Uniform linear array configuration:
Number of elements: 16
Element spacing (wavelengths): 0.75
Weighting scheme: exponential
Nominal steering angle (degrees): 15
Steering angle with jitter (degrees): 15.405
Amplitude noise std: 0.05
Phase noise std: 0.05

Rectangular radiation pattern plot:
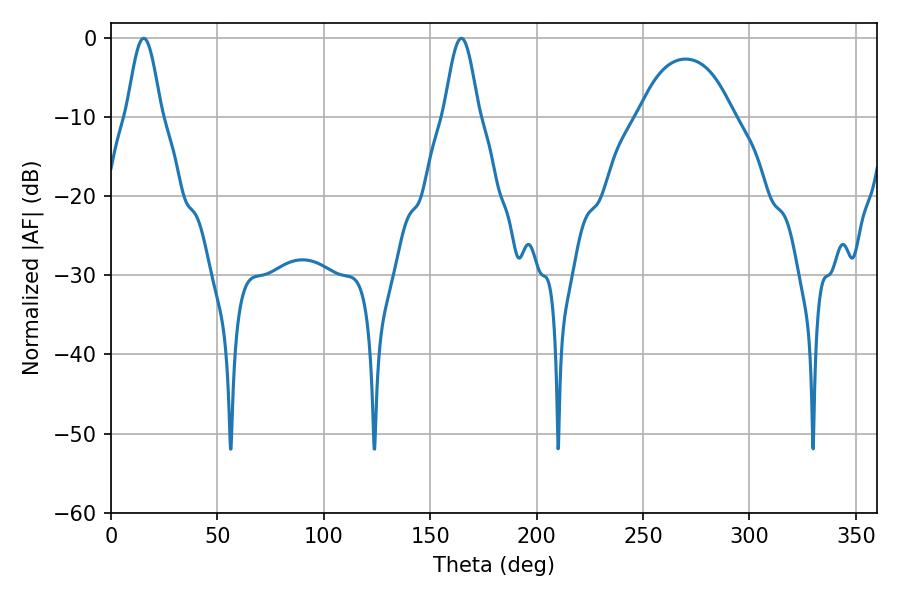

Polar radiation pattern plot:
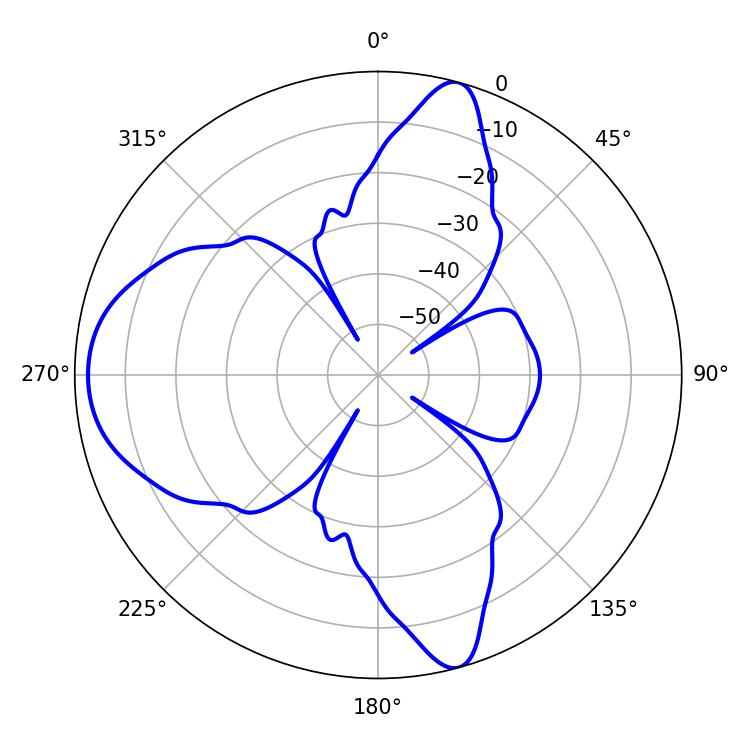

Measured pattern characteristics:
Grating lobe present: TRUE
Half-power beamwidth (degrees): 8.46
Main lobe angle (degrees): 15.3